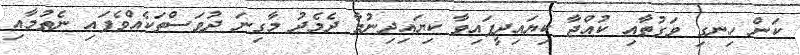
ކަން ހިނގި ވަގުތާއި ކުއްޖާ ކިޔައިދީފައިވާ ކިޔައިދިނުމާ ދެމެދު މާގިނަ ދުވަސްތަކެއްވެފައި ނެތުމާއި